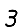
Digit: 3